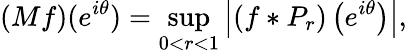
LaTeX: (Mf)(e^{i\theta})=\operatorname*{sup}_{0<r<1}\left|(f*P_{r})\left(e^{i\theta}\right)\right|,